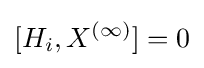
[H_{i},X^{(\infty )}]=0